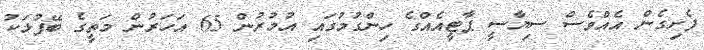
ފެށިގެން އެއްވެސް ސިޔާސީ ޕާޓީއެއްގެ ހިންގުމުގައި އުމުރުން 65 އަހަރުން މަތީގެ ބޭފުޅަކު